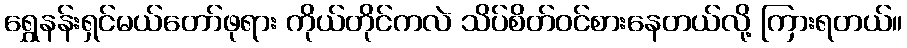
ရွှေနန်းရှင်မယ်တော်ဖုရား ကိုယ်တိုင်ကလဲ သိပ်စိတ်ဝင်စားနေတယ်လို့ ကြားရတယ်။